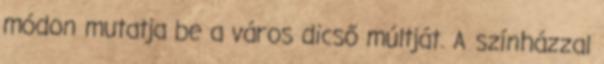
módon mutatja be a város dicső múltját. A színházzal